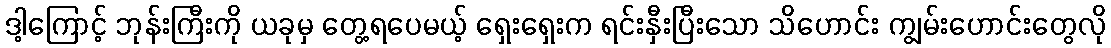
ဒါ့ကြောင့် ဘုန်းကြီးကို ယခုမှ တွေ့ရပေမယ့် ရှေးရှေးက ရင်းနှီးပြီးသော သိဟောင်း ကျွမ်းဟောင်းတွေလို